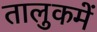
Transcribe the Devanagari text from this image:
तालुकमें